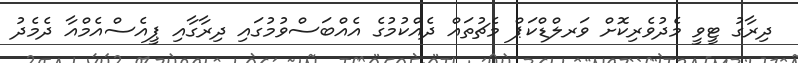
ދިރާގު ޓީވީ މެދުވެރިކޮށް ވަރލްޑްކަޕް މެޗުތައް ދެއްކުމުގެ އެއްބަސްވުމުގައި ދިރާގާއި ޕީއެސްއެމްއާ ދެމެދު